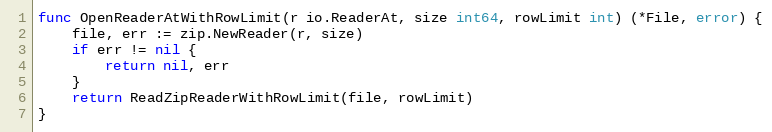
Language: Go
func OpenReaderAtWithRowLimit(r io.ReaderAt, size int64, rowLimit int) (*File, error) {
	file, err := zip.NewReader(r, size)
	if err != nil {
		return nil, err
	}
	return ReadZipReaderWithRowLimit(file, rowLimit)
}